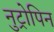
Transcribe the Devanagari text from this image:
नुट्रोपिन